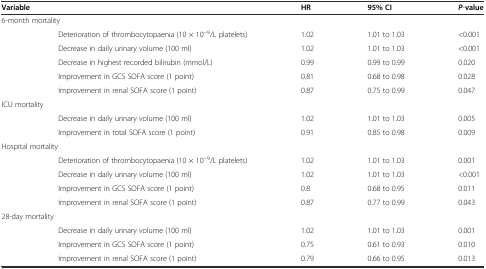
<table><thead><tr><td colspan="2"><b>Variable</b></td><td><b>HR</b></td><td><b>95% CI</b></td><td><b><i>P</i>-value</b></td></tr></thead><tbody><tr><td colspan="2">6-month mortality</td><td></td><td></td><td></td></tr><tr><td></td><td>Deterioration of thrombocytopaenia (10 × 10<sup>−9</sup>/L platelets)</td><td>1.02</td><td>1.01 to 1.03</td><td>&lt;0.001</td></tr><tr><td></td><td>Decrease in daily urinary volume (100 ml)</td><td>1.02</td><td>1.01 to 1.03</td><td>&lt;0.001</td></tr><tr><td></td><td>Decrease in highest recorded bilirubin (mmol/L)</td><td>0.99</td><td>0.99 to 0.99</td><td>0.020</td></tr><tr><td></td><td>Improvement in GCS SOFA score (1 point)</td><td>0.81</td><td>0.68 to 0.98</td><td>0.028</td></tr><tr><td></td><td>Improvement in renal SOFA score (1 point)</td><td>0.87</td><td>0.75 to 0.99</td><td>0.047</td></tr><tr><td colspan="2">ICU mortality</td><td></td><td></td><td></td></tr><tr><td></td><td>Decrease in daily urinary volume (100 ml)</td><td>1.02</td><td>1.01 to 1.03</td><td>0.005</td></tr><tr><td></td><td>Improvement in total SOFA score (1 point)</td><td>0.91</td><td>0.85 to 0.98</td><td>0.009</td></tr><tr><td colspan="2">Hospital mortality</td><td></td><td></td><td></td></tr><tr><td></td><td>Deterioration of thrombocytopaenia (10 × 10<sup>−9</sup>/L platelets)</td><td>1.02</td><td>1.01 to 1.03</td><td>0.001</td></tr><tr><td></td><td>Decrease in daily urinary volume (100 ml)</td><td>1.02</td><td>1.01 to 1.03</td><td>&lt;0.001</td></tr><tr><td></td><td>Improvement in GCS SOFA score (1 point)</td><td>0.8</td><td>0.68 to 0.95</td><td>0.011</td></tr><tr><td></td><td>Improvement in renal SOFA score (1 point)</td><td>0.87</td><td>0.77 to 0.99</td><td>0.043</td></tr><tr><td colspan="2">28-day mortality</td><td></td><td></td><td></td></tr><tr><td></td><td>Decrease in daily urinary volume (100 ml)</td><td>1.02</td><td>1.01 to 1.03</td><td>0.001</td></tr><tr><td></td><td>Improvement in GCS SOFA score (1 point)</td><td>0.75</td><td>0.61 to 0.93</td><td>0.010</td></tr><tr><td></td><td>Improvement in renal SOFA score (1 point)</td><td>0.79</td><td>0.66 to 0.95</td><td>0.013</td></tr></tbody></table>